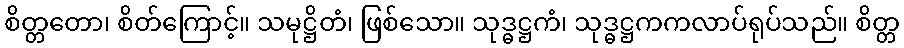
စိတ္တတော၊ စိတ်ကြောင့်။ သမုဋ္ဌိတံ၊ ဖြစ်သော။ သုဒ္ဓဋ္ဌကံ၊ သုဒ္ဓဋ္ဌကကလာပ်ရုပ်သည်။ စိတ္တ